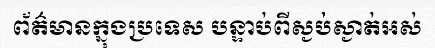
ព័ត៌មានក្នុងប្រទេស បន្ទាប់ពីស្ងប់ស្ងាត់អស់